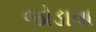
જોડાવા